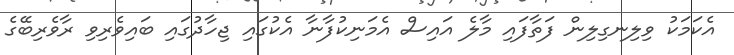
އެކަމަކު ވިލިނގިލިން ފަތާފައި މާލެ އައިސް އެމަނިކުފާނާ އެކުގައި ޖިހާދުގައި ބައިވެރިވި ރާވެރިބޭގެ